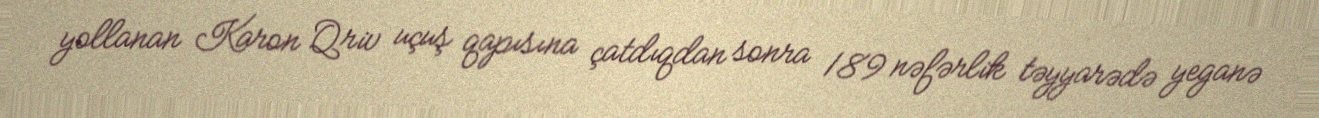
yollanan Karon Qriv uçuş qapısına çatdıqdan sonra 189 nəfərlik təyyarədə yeganə